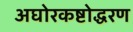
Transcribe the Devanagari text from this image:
अघोरकष्टोद्धरण